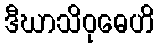
ဒီဃာသိဝုဓေဟိ